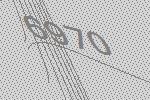
6970